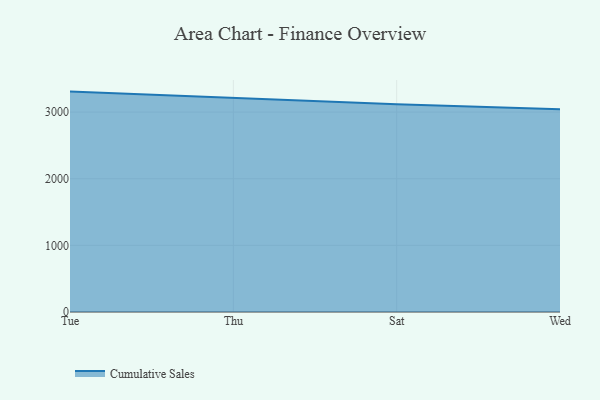
{"axis": {"x": "Day", "y": "Inventory Turnover"}, "legend": ["Cumulative Sales"], "data": [{"x": "Tue", "y": 3307.4, "type": "Cumulative Sales"}, {"x": "Thu", "y": 3215.0, "type": "Cumulative Sales"}, {"x": "Sat", "y": 3119.0, "type": "Cumulative Sales"}, {"x": "Wed", "y": 3042.7, "type": "Cumulative Sales"}]}